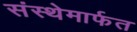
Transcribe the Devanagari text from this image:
संस्‍थेमार्फत